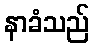
နာခံသည်